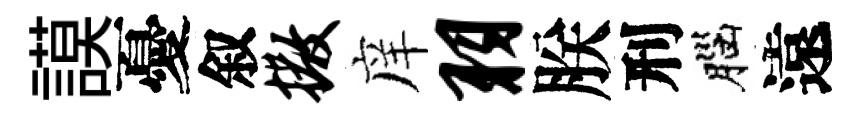
謨憂叙撒庠羽朕刑腦遠